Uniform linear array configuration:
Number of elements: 32
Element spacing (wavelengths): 0.25
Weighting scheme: uniform
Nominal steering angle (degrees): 60
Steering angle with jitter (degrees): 58.32
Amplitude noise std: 0.05
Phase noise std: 0.05

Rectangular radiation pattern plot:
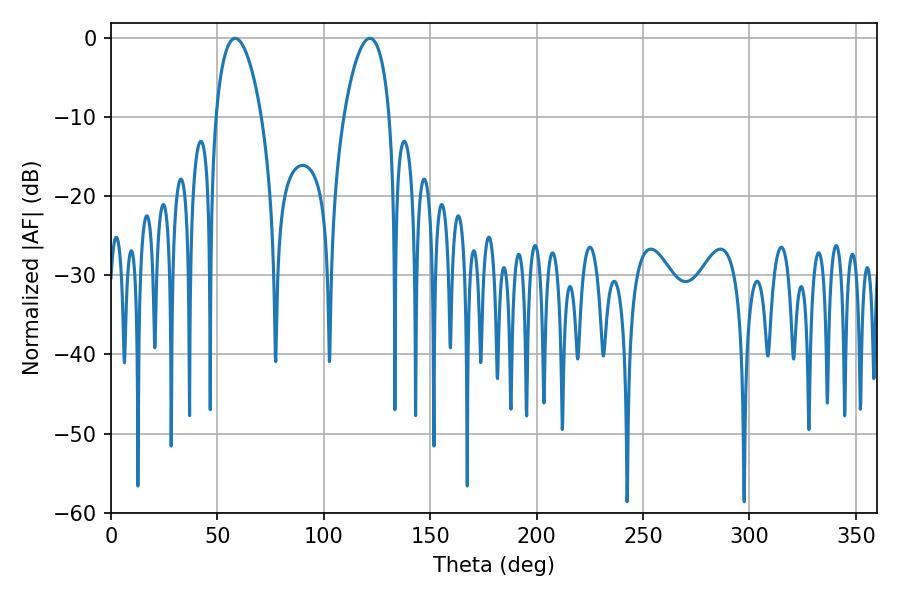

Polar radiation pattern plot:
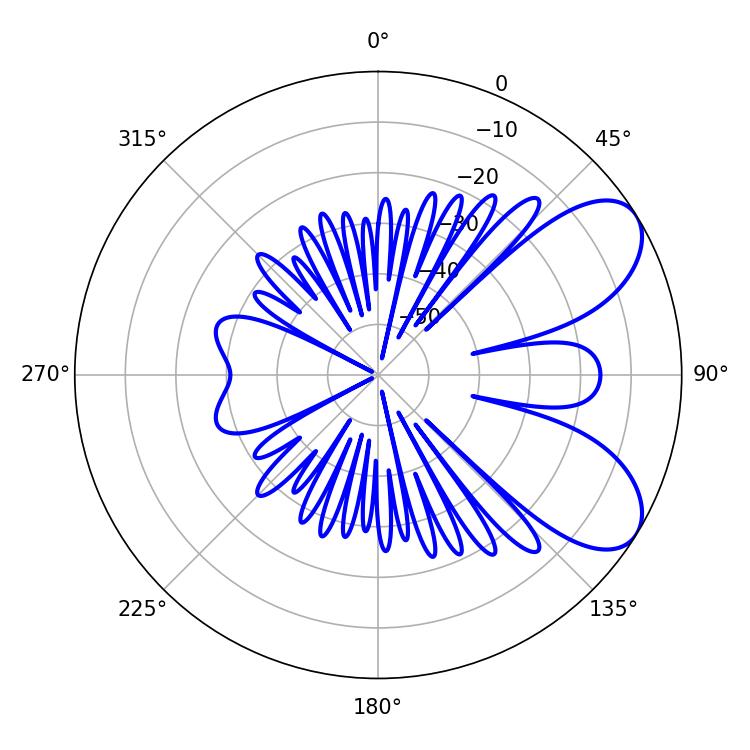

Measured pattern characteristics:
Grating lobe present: FALSE
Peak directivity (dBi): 7.07
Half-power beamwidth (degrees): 12.24
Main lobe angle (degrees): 58.32